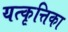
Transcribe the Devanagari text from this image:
यत्कृत्तिका